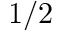
1 / 2